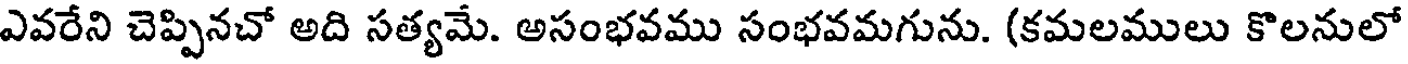
ఎవరేని చెప్పినచో అది సత్యమే. అసంభవము సంభవమగును. (కమలములు కొలనులో